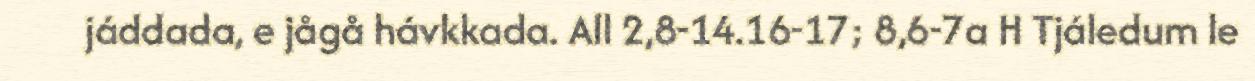
jáddada, e jågå hávkkada. All 2,8-14.16-17; 8,6-7a H Tjáledum le